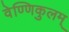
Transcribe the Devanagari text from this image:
वेण्णिकुलम्